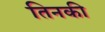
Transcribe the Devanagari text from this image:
तिनकी